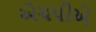
એચપીએ